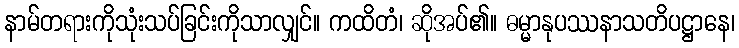
နာမ်တရားကိုသုံးသပ်ခြင်းကိုသာလျှင်။ ကထိတံ၊ ဆိုအပ်၏။ ဓမ္မာနုပဿနာသတိပဋ္ဌာနေ၊